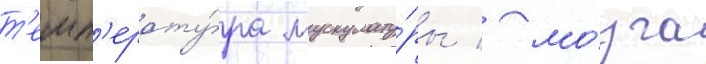
т'емп'ерату́ра мускулату́ры / мо́зга